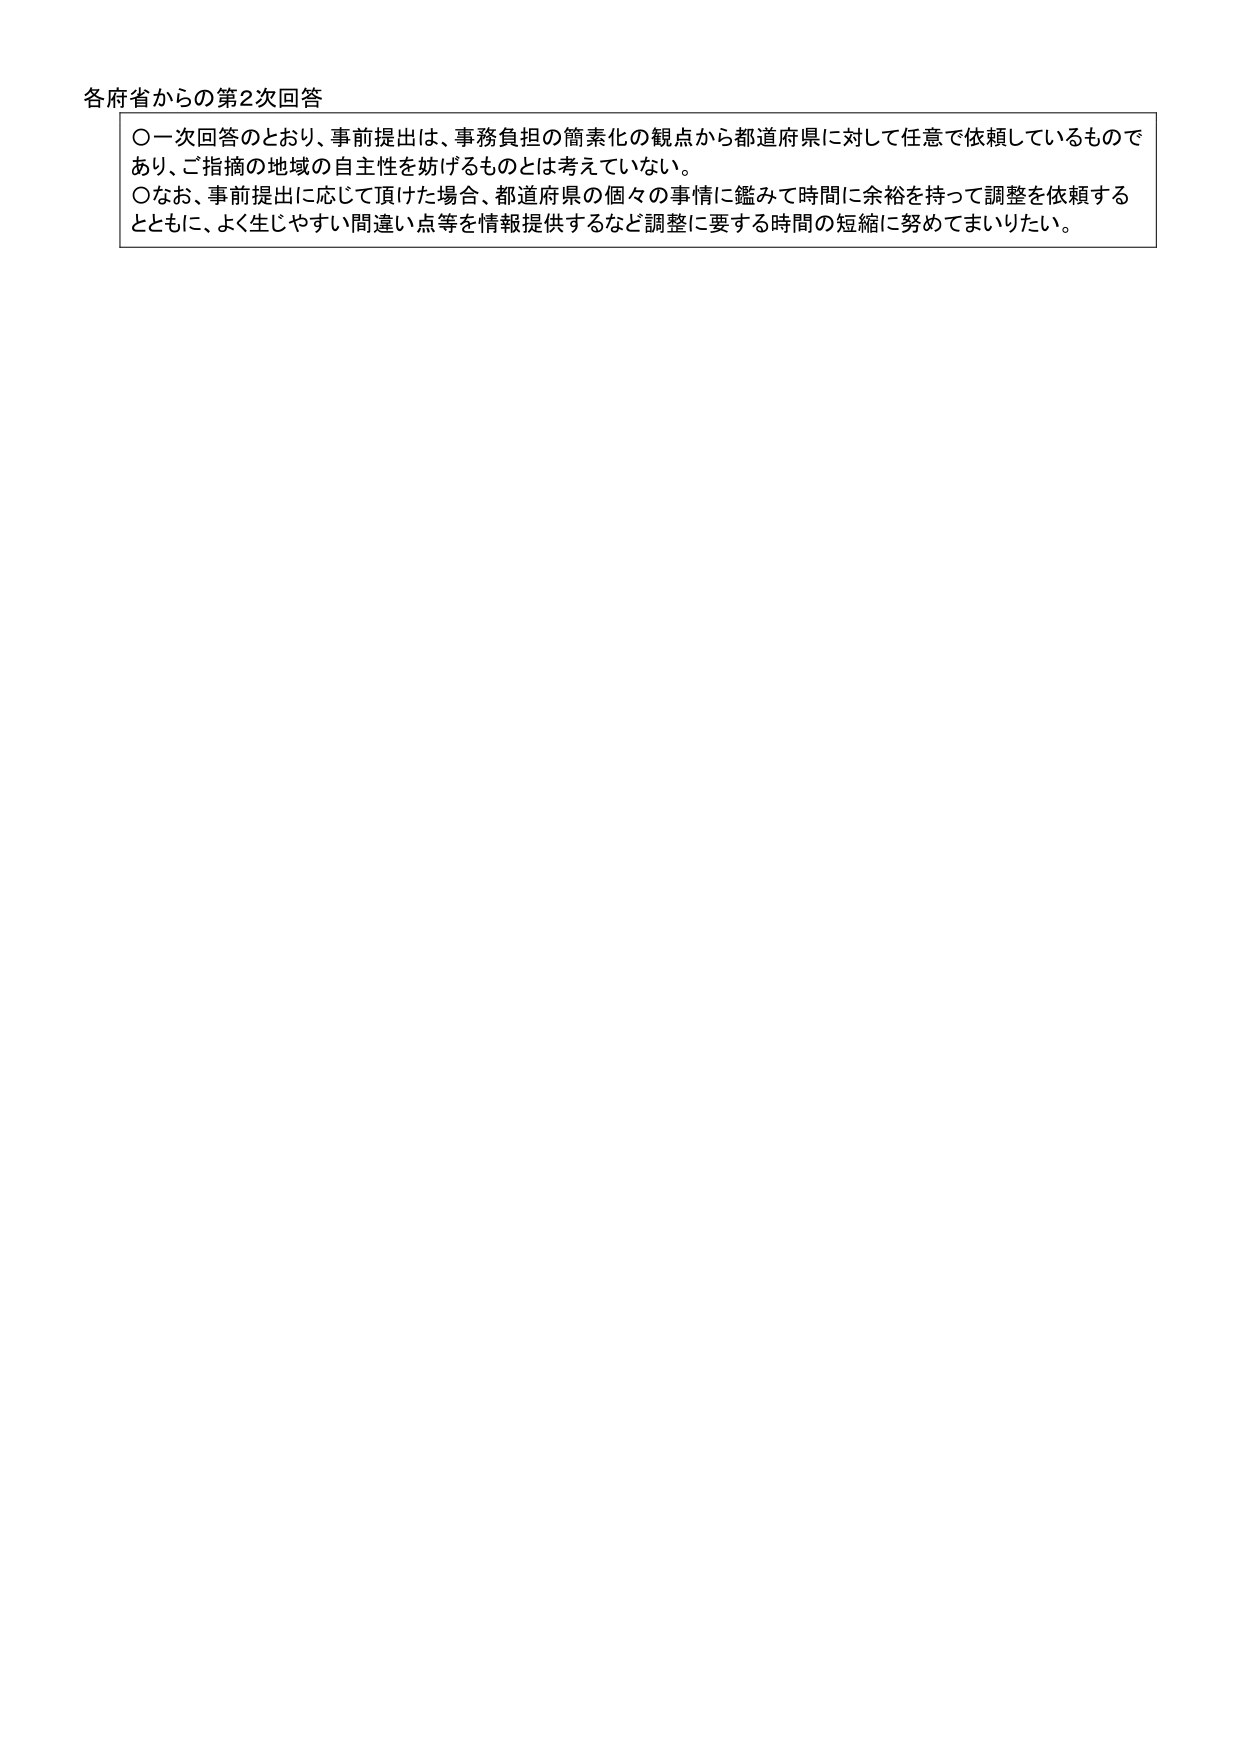
各府省からの第2次回答

○一次回答のとおり、事前提出は、事務負担の簡素化の観点から都道府県に対して任意で依頼しているものであり、ご指摘の地域の自主性を妨げるものとは考えていない。

○なお、事前提出に応じて頂けた場合、都道府県の個々の事情に鑑みて時間に余裕を持って調整を依頼するとともに、よく生じやすい間違い点等を情報提供するなど調整に要する時間の短縮に努めてまいりたい。